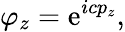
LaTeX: \varphi_{z}=\mathrm{e}^{icp_{z}},